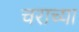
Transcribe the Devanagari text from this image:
चराच्या